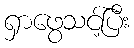
ရှာဖွေသင့်ပြီး